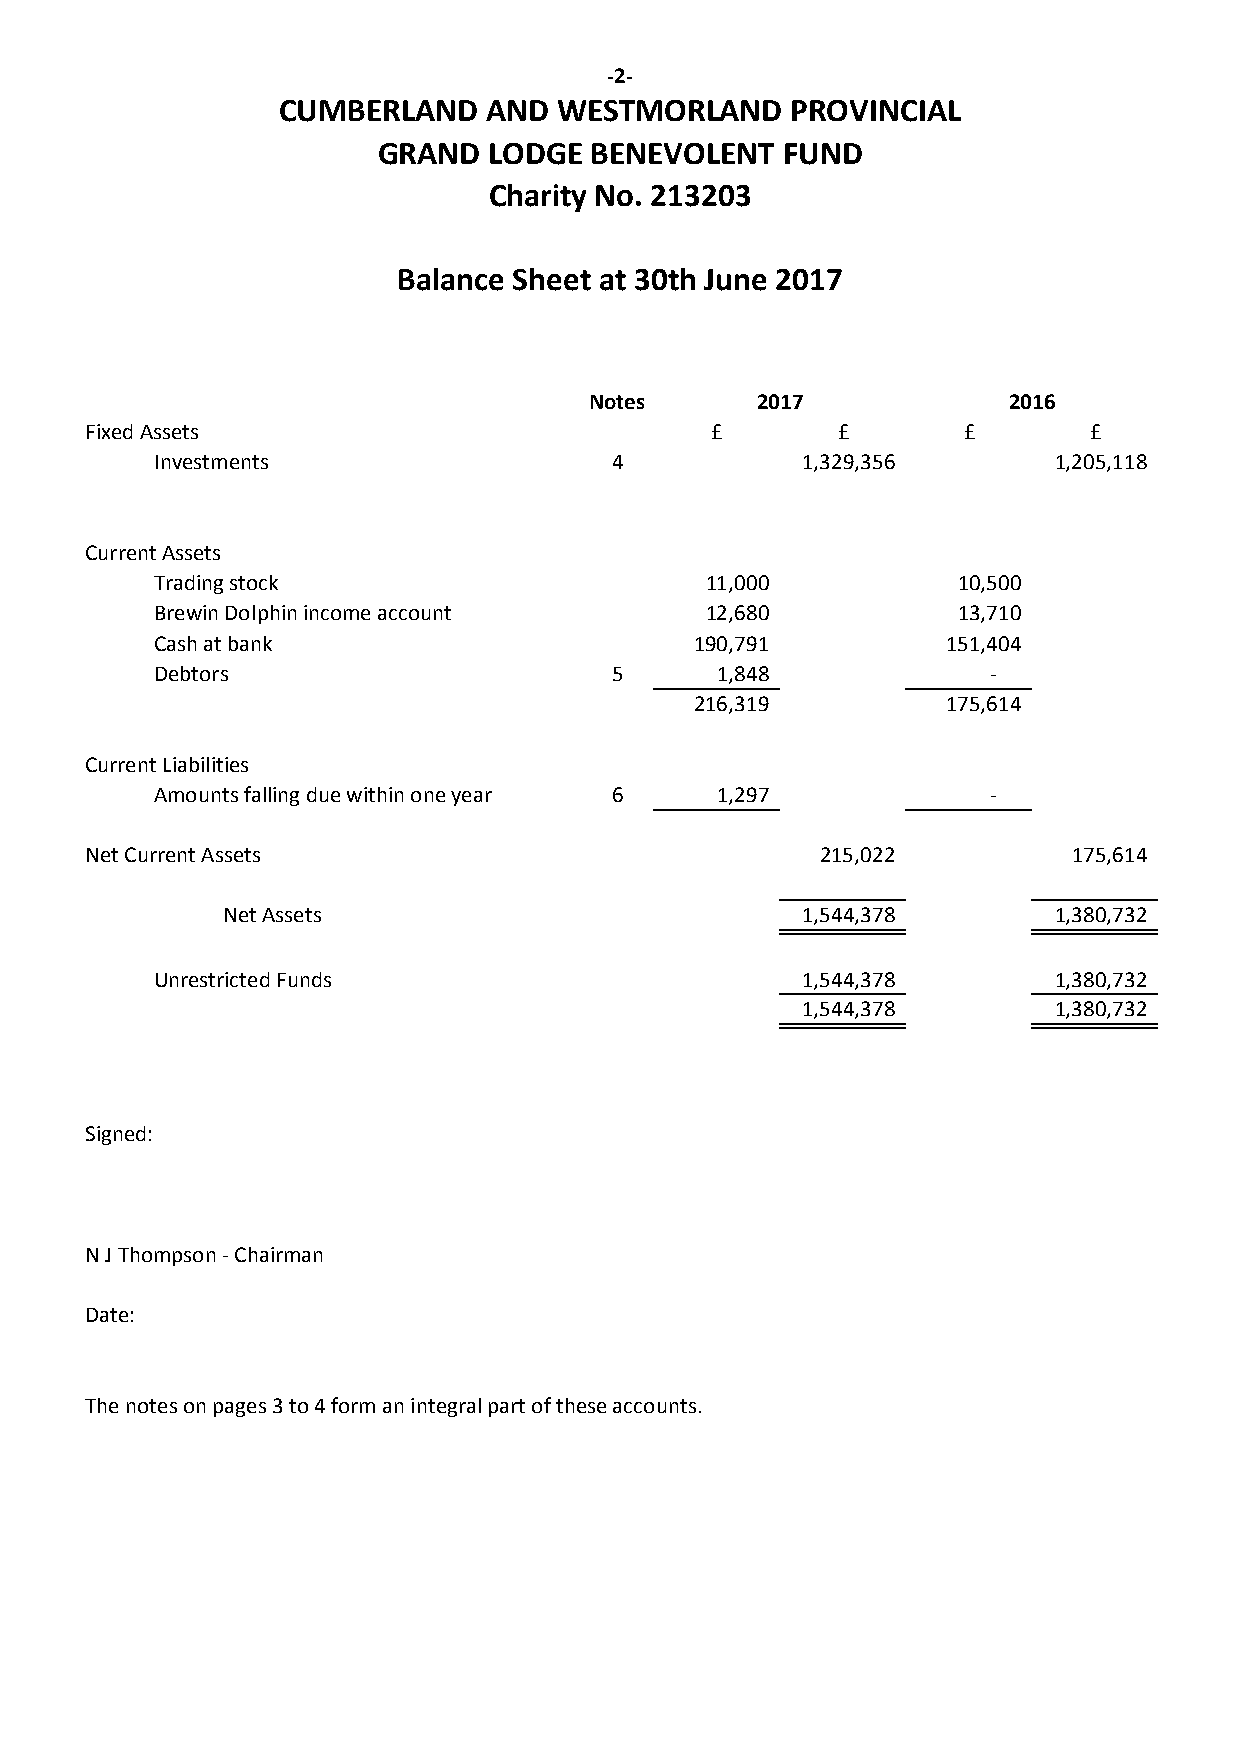
-2-
 CUMBERLAND    AND  WESTMORLAND    PROVINCIAL
 GRAND  LODGE  BENEVOLENT   FUND
 Charity No. 213203
 Balance Sheet at 30th June 2017
 Notes      2017             2016
 Fixed Assets                             £       £        £       £
 Investments                   4            1,329,356        1,205,118
 Current Assets
 Trading stock                        11,000          10,500
 Brewin Dolphin income account        12,680          13,710
 Cash at bank                        190,791          151,404
 Debtors                       5      1,848              -
 216,319          175,614
 Current Liabilities
 Amounts falling due within one year 6 1,297             -
 Net Current Assets                              215,022          175,614
 Net Assets                            1,544,378        1,380,732
 Unrestricted Funds                         1,544,378        1,380,732
 1,544,378        1,380,732
 Signed:
 N J Thompson - Chairman
 Date:
 The notes on pages 3 to 4 form an integral part of these accounts.